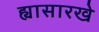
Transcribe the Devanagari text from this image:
ह्यासारखे